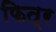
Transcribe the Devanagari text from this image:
फित्र